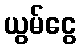
ယွမ်ငွေ